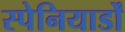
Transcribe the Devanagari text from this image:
स्पेनियार्डों